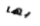
بها